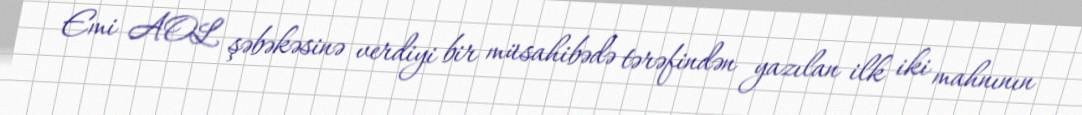
Emi AOL şəbəkəsinə verdiyi bir müsahibədə tərəfindən yazılan ilk iki mahnının